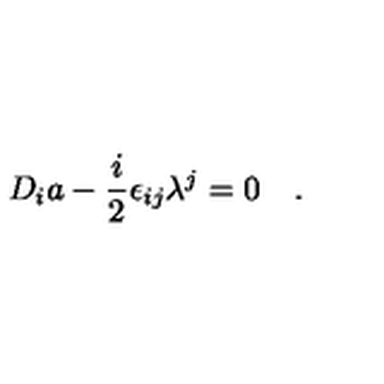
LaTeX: D _ { i } a - { \frac { i } { 2 } } \epsilon _ { i j } \lambda ^ { j } = 0 \quad .